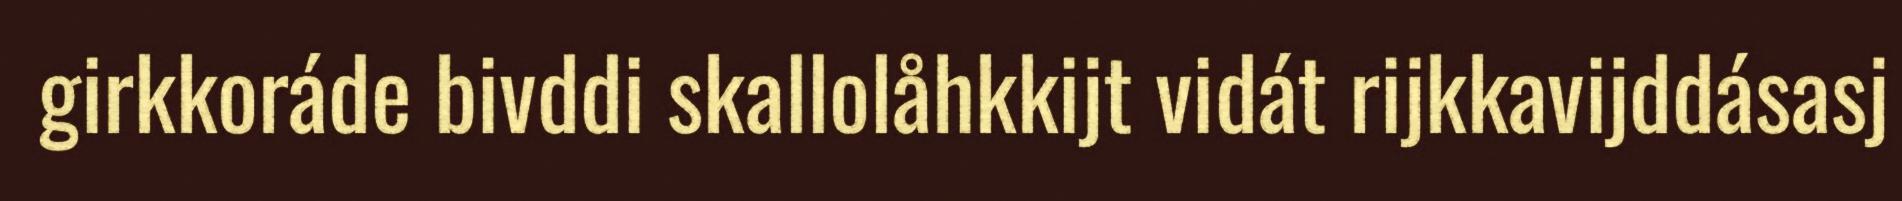
girkkoráde bivddi skallolåhkkijt vidát rijkkavijddásasj